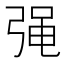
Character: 𭚷